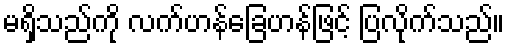
မရှိသည်ကို လက်ဟန်ခြေဟန်ဖြင့် ပြလိုက်သည်။